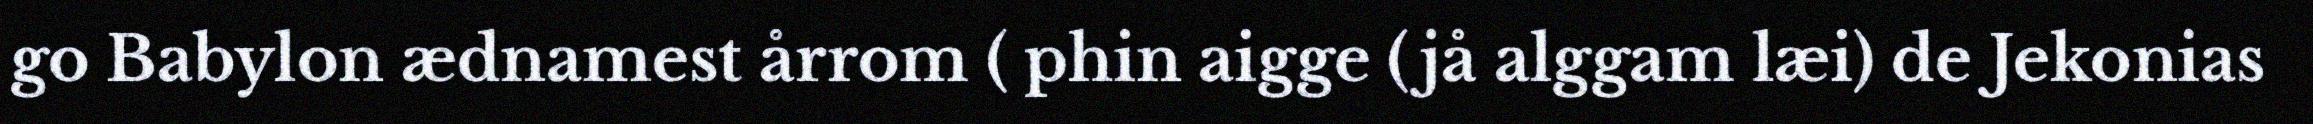
go Babylon ædnamest årrom ( phin aigge (jå alggam læi) de Jekonias